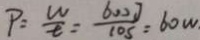
P : \frac { w } { t } = \frac { 6 0 0 J } { 1 0 s } = 6 0 w .